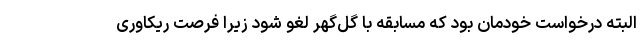
البته درخواست خودمان بود که مسابقه با گل‌گهر لغو شود زیرا فرصت ریکاوری